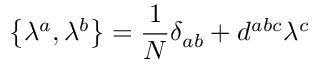
\left\{ \lambda ^ { a } , \lambda ^ { b } \right\} = \frac { 1 } { N } \delta _ { a b } + d ^ { a b c } \lambda ^ { c }